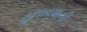
હલાવવાની